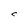
Character: C